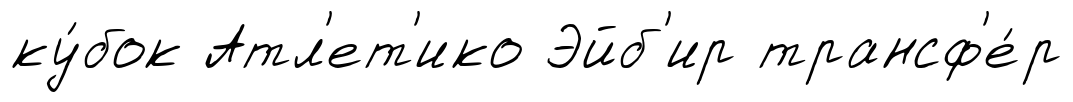
ку́бок Атл'ет'ико Эйб'ир трансф'е́р